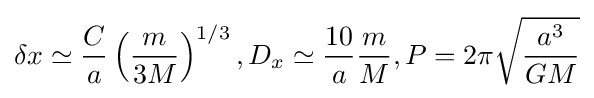
\delta x\simeq {\frac {C}{a}}\left({\frac {m}{3M}}\right)^{1/3},D_{x}\simeq {\frac {10}{a}}{\frac {m}{M}},P=2\pi {\sqrt {\frac {a^{3}}{GM}}}